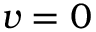
v = 0